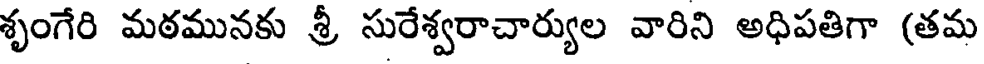
శృంగేరి మఠమునకు శ్రీ సురేశ్వరాచార్యుల వారిని అధిపతిగా (తమ